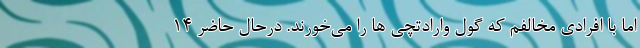
اما با افرادی مخالفم که گول وارادتچی ها را می‌خورند. درحال حاضر 14